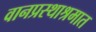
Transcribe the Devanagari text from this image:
वानप्रस्थाश्रमात